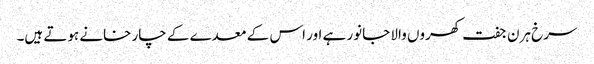
سرخ ہرن جفت کھروں والا جانور ہے اور اس کے معدے کے چار خانے ہوتے ہیں۔